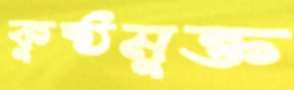
কুষ্ঠমুক্ত